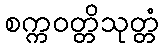
စက္ကဝတ္တိသုတ္တံ